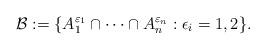
LaTeX: \begin{align*} \mathcal B:=\{A_1^{\varepsilon_1}\cap\cdots\cap A_n^{\varepsilon_n}:\epsilon_i=1,2\}. \end{align*}